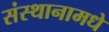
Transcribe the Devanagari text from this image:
संस्थानामधे